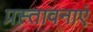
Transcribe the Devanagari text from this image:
प्रस्तावनाएं